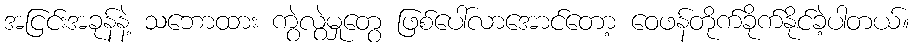
အငြင်းအခုန်နဲ့ သဘောထား ကွဲလွဲမှုတွေ ဖြစ်ပေါ်လာအောင်တော့ ဝေဖန်တိုက်ခိုက်နိုင်ခဲ့ပါတယ်။